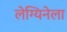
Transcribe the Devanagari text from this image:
लेग्यिनेला